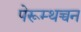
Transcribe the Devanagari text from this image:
पेरूम्थच्चन